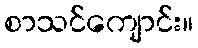
စာသင်ကျောင်း။